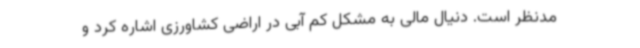
مدنظر است. دنیال مالی به مشکل کم آبی در اراضی کشاورزی اشاره کرد و